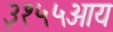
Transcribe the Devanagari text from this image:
३१५५आय